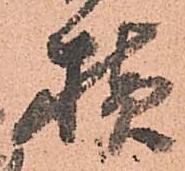
様